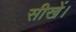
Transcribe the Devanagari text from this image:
सीखें।